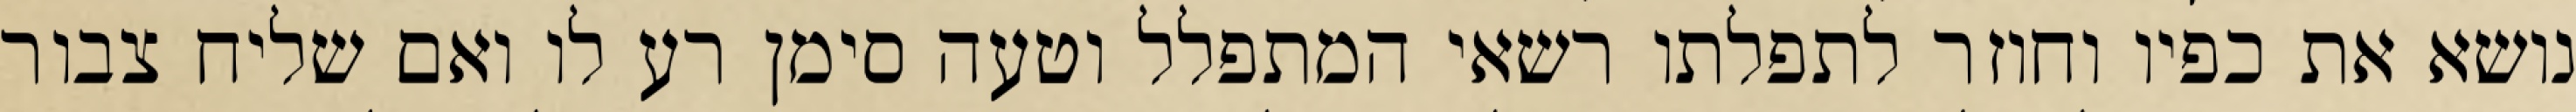
נושא את כפיו וחוזר לתפלתו רשאי המתפלל וטעה סימן רע לו ואם שליח צבור